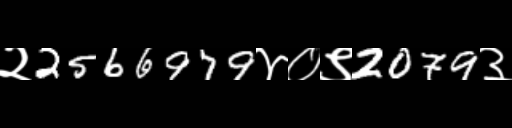
Text: २2566979४०९2079३